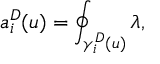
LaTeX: a _ { i } ^ { D } ( u ) = \oint _ { \gamma _ { i } ^ { D } ( u ) } \lambda ,